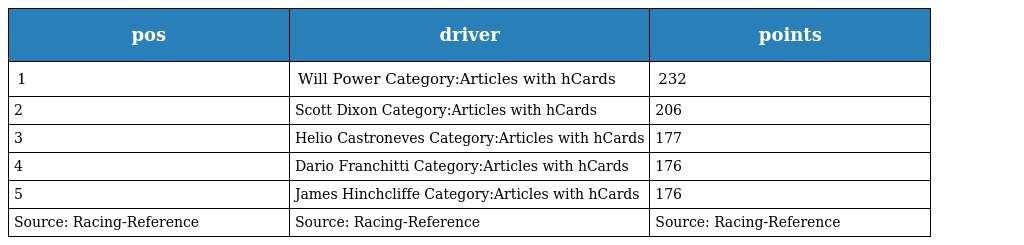
| pos | driver | points |
 | --- | --- | --- |
 | 1 | Will Power Category:Articles with hCards | 232 |
 | 2 | Scott Dixon Category:Articles with hCards | 206 |
 | 3 | Helio Castroneves Category:Articles with hCards | 177 |
 | 4 | Dario Franchitti Category:Articles with hCards | 176 |
 | 5 | James Hinchcliffe Category:Articles with hCards | 176 |
 | Source: Racing-Reference | Source: Racing-Reference | Source: Racing-Reference |